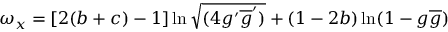
\omega _ { x } = [ 2 ( b + c ) - 1 ] \ln \sqrt { ( 4 g ^ { \prime } \overline { { { g } } } ^ { \prime } ) } + ( 1 - 2 b ) \ln ( 1 - g \overline { { { g } } } )